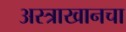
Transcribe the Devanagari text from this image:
अस्त्राखानचा